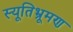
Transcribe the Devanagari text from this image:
स्यूतिभ्रूमण